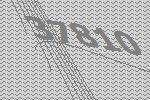
37810